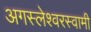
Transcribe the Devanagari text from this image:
अगस्‍लेश्‍वरस्‍वामी